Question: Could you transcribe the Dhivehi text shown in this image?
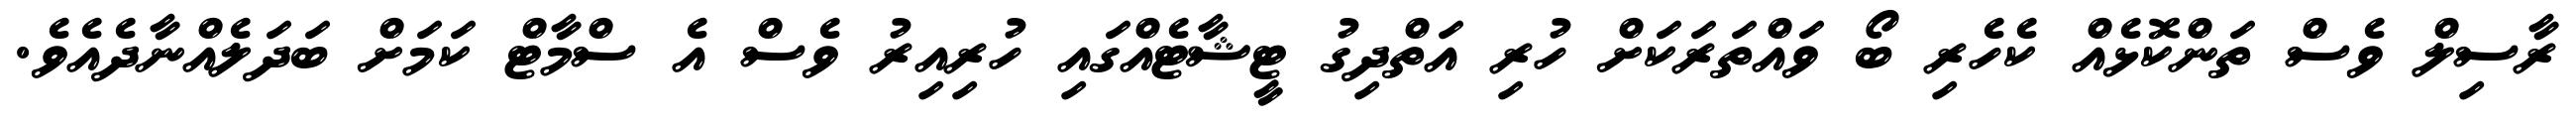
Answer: ރާސިލް ވެސް ތަންކޮޅެއް ކެހެރި ބޯ ވައްތަރަކަށް ހުރި އަތްދިގު ޓީޝާޓެއްގައި ހުރިއިރު ވެސް އެ ސްމާޓް ކަމަށް ބަދަލެއްނާދެއެވެ.